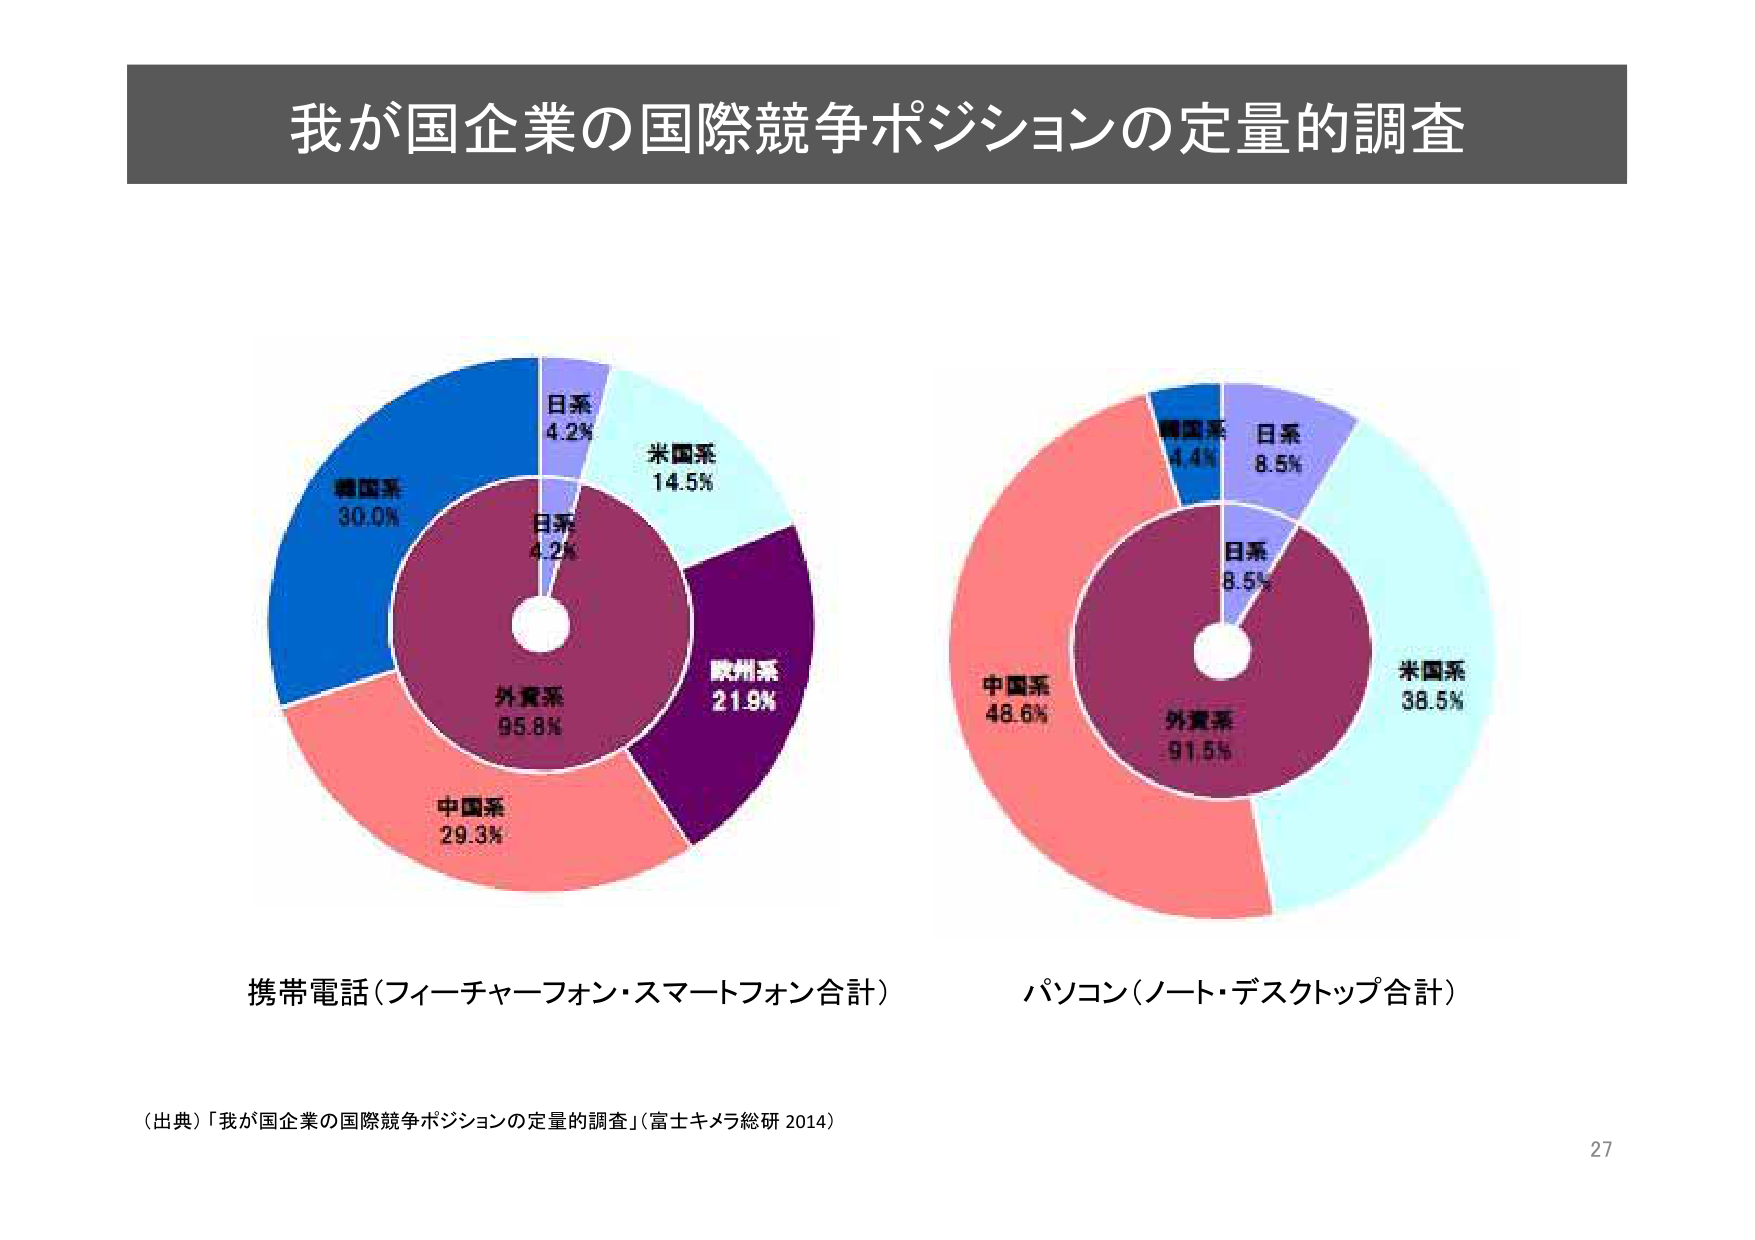
我が国企業の国際競争ポジションの定量的調査

日系
4.2%
米国系
14.5%
韓国系
30.0%
日系
4.2%
外資系
95.8%
欧州系
21.9%
中国系
29.3%

日系
8.5%
米国系
38.5%
韓国系
4.4%
日系
8.5%
外資系
91.5%
中国系
48.6%

携帯電話（フィーチャーフォン・スマートフォン合計）
パソコン（ノート・デスクトップ合計）

（出典）「我が国企業の国際競争ポジションの定量的調査」（富士キメラ総研 2014）

27